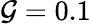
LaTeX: \mathcal{G}=0.1